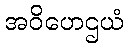
အဝိဟေဌယံ